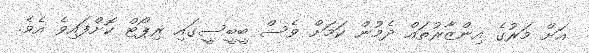
އަށް މަރުގެ އިންޒާރުތައް ދެމުން ކަމަށް ވެސް ބީބީސީގައި ރިޕޯޓް ކޮށްފައިވެ އެވެ.